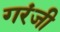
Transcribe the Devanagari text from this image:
गरंजी